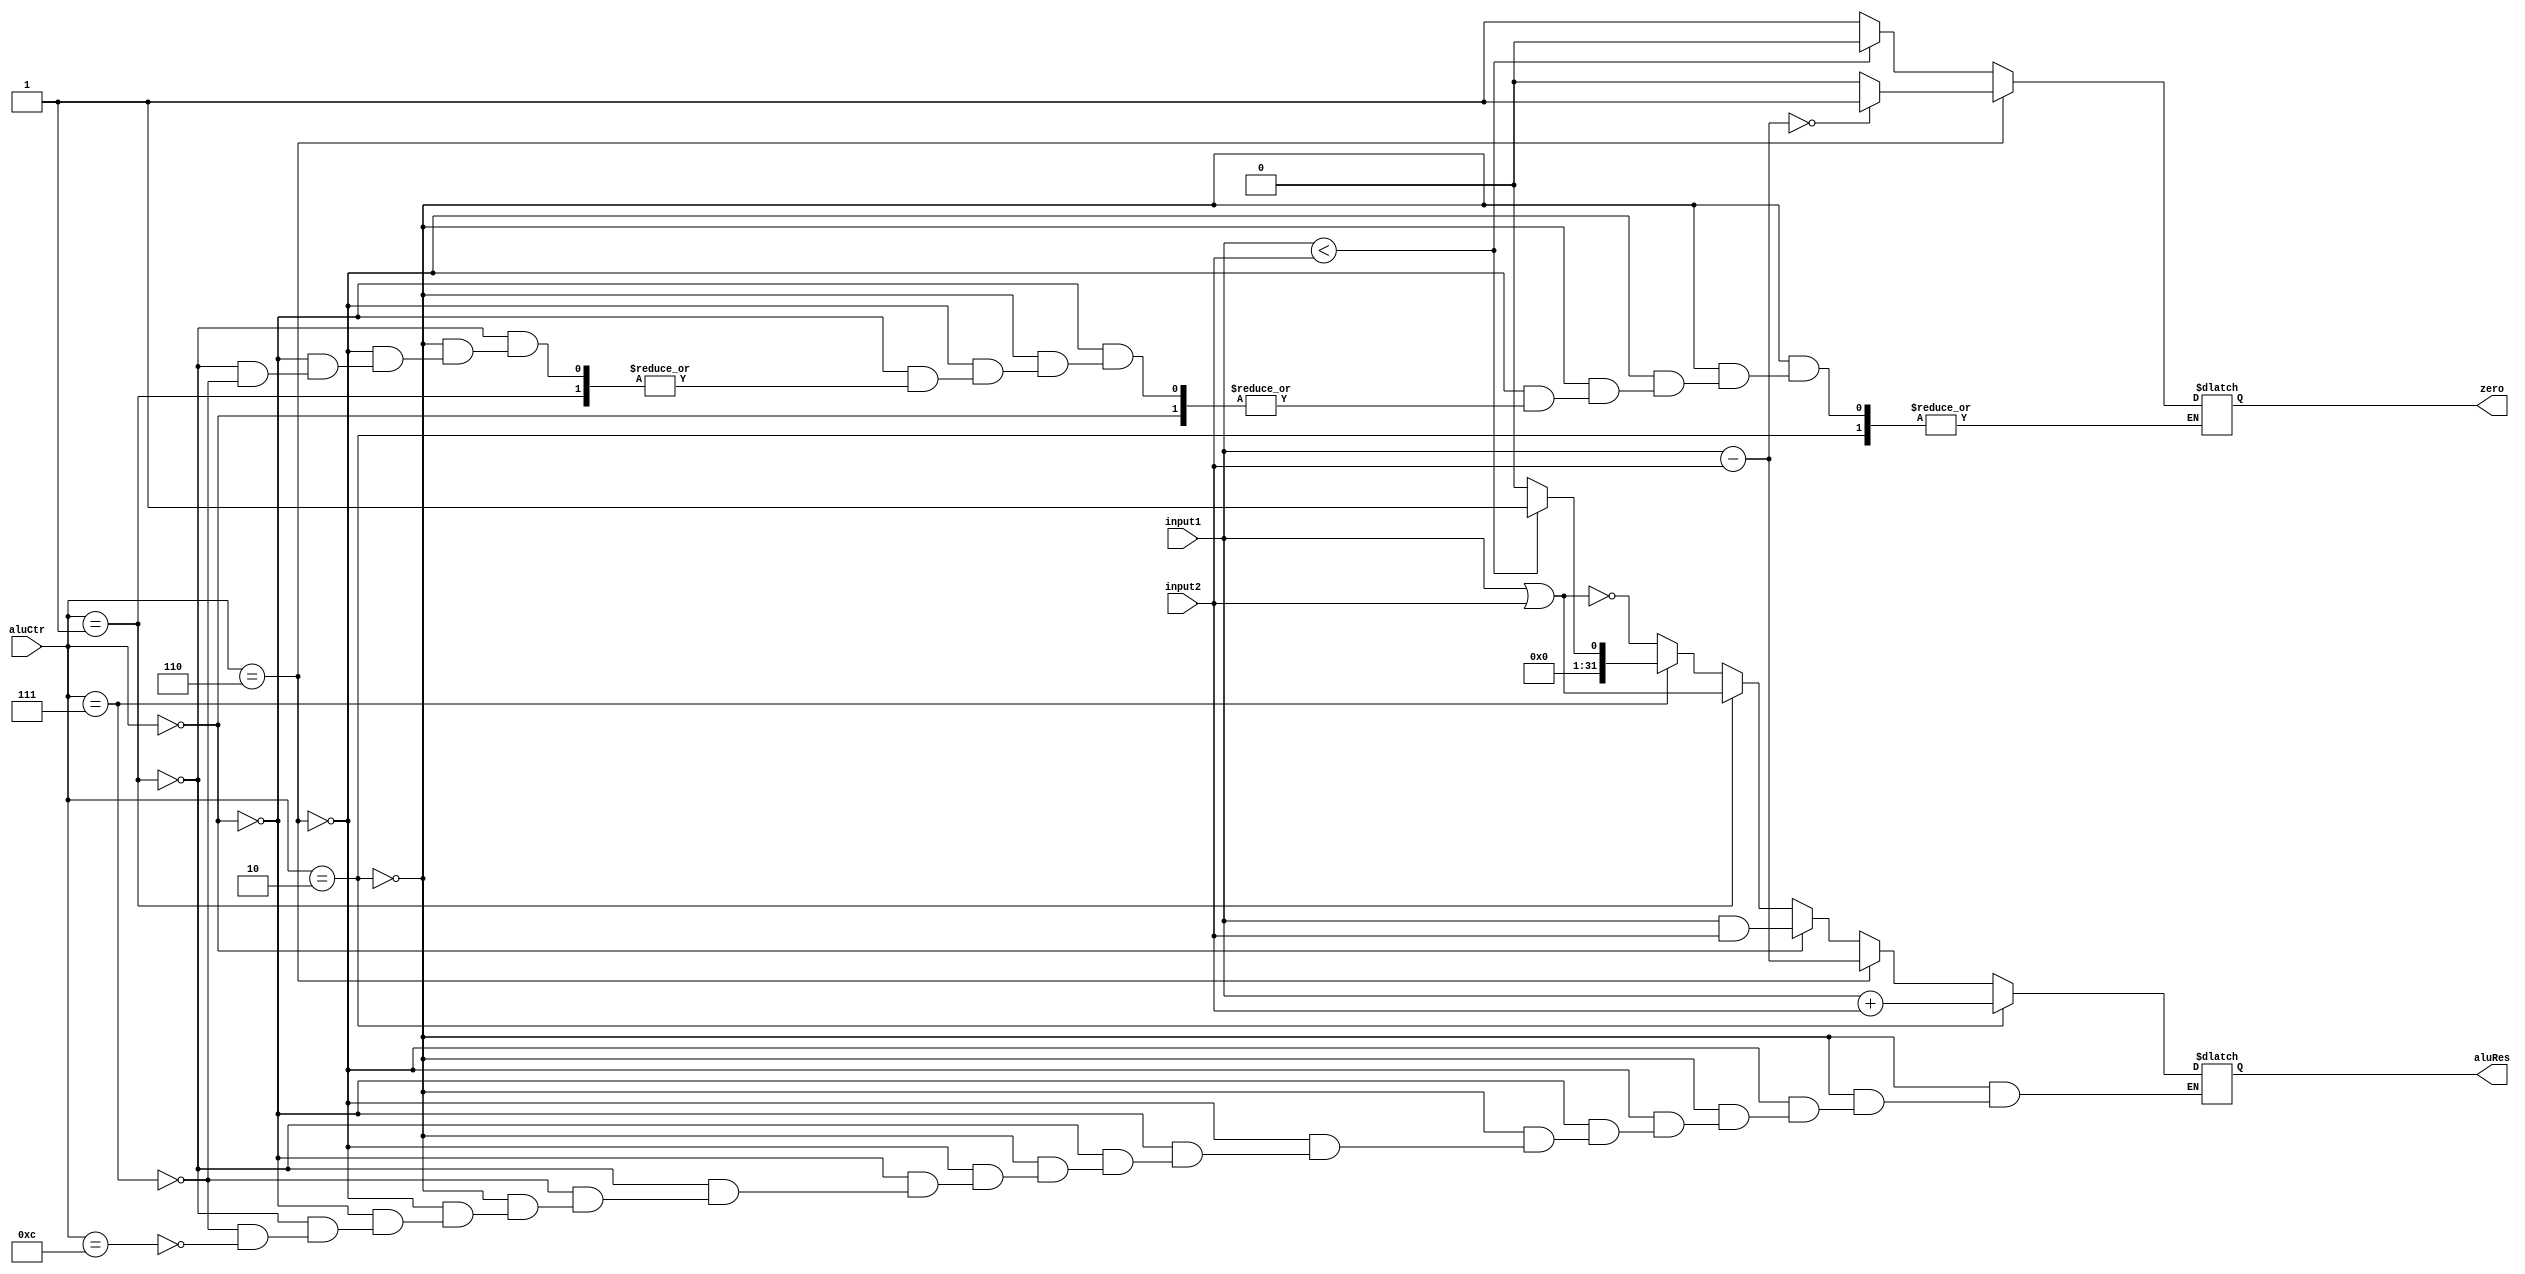
`timescale 1ns / 1ps
//////////////////////////////////////////////////////////////////////////////////
// Company: 
// Engineer: 
// 
// Design Name: 
// Module Name: Alu
// Project Name: 
// Target Devices: 
// Tool Versions: 
// Description: 
// 
// Dependencies: 
// 
// Revision:
// Revision 0.01 - File Created
// Additional Comments:
// 
//////////////////////////////////////////////////////////////////////////////////


module Alu(
    input [31:0] input1,
    input[31:0] input2,
    input [3:0] aluCtr,
    output zero,
    output [31:0] aluRes);
    reg Zero;
    reg [31:0] AluRes;
    assign aluRes=AluRes;
    assign zero=Zero;
    always @ (input1 or input2 or aluCtr)
    begin
        if( aluCtr== 4'b0010)
            AluRes=input1+input2;
        else if(aluCtr==4'b0110)
        begin
            AluRes = input1-input2;
            if(AluRes==0)
                Zero=1;
            else 
                Zero=0;
        end
        else if (aluCtr==4'b0000)
        begin
	AluRes=input1&input2;
        end
        else if(aluCtr==4'b0001)
        begin
	AluRes=input1|input2;
        end
        else if (aluCtr==4'b0111)
        begin
            if(input1<input2)
                begin
                    AluRes=1;
                    Zero=0;
                end
            else 
            begin
                AluRes=0;
                Zero=1;
            end
        end
        else if (aluCtr==4'b1100)
        begin
            AluRes=~(input1|input2);
        end
    end
endmodule